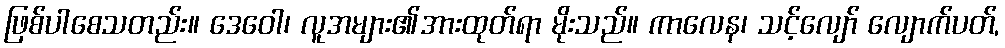
ဖြစ်ပါစေသတည်း။ ဒေဝေါ၊ လူအများ၏အားထုတ်ရာ မိုးသည်။ ကာလေန၊ သင့်လျော် လျောက်ပတ်,